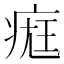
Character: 𤷀